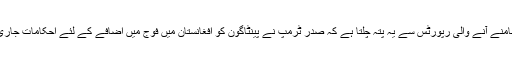
حال ہی میں سامنے آنے والی رپورٹس سے یہ پتہ چلتا ہے کہ صدر ٹرمپ نے پینٹاگون کو افغانستان میں فوج میں اضافے کے لئے احکامات جاری کردیئے ہیں۔